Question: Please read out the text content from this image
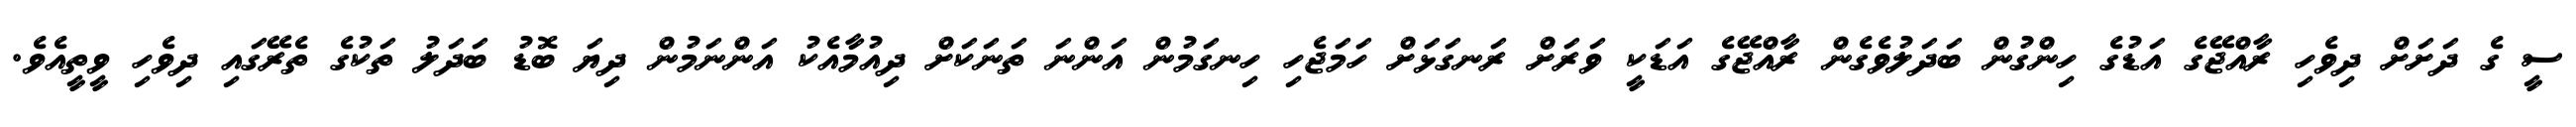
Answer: ސީ ގެ ދަށަށް ދިވެހި ރާއްޖޭގެ އަޑުގެ ހިންގުން ބަދަލުވެގެން ރާއްޖޭގެ އަޑަކީ ވަރަށް ރަނގަޅަށް ހަމަޖެހި ހިނގަމުން އަންނަ ތަނަކަށް ދިއުމާއެކު އަންނަމުން ދިޔަ ބޮޑު ބަދަލު ތަކުގެ ތެރޭގައި ދިވެހި ވީތީއެވެ.